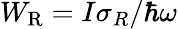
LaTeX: W_{\mathrm{R}}=I\sigma_{R}/\hbar\omega